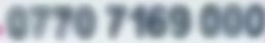
0770 7 169 000